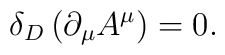
\delta _D \left( {\partial _\mu  A^\mu  } \right) = 0.